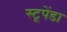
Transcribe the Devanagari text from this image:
स्टूपेंडा